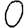
Digit: 0